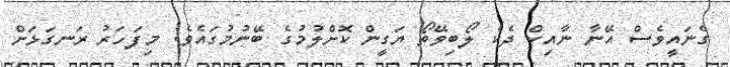
ގެނައީވެސް އޭނާ ނާއިކް ދެކެ ލޯބިވޭތޯ ޔަގީން ކޮށްލުމުގެ ބޭނުމުގައެވެ. މިފަހަރު ރަނގަޅަށް